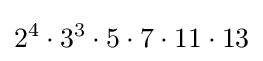
2^{4}\cdot 3^{3}\cdot 5\cdot 7\cdot 11\cdot 13